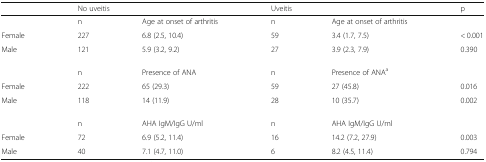
<table><thead><tr><td></td><td colspan="2"><b>No uveitis</b></td><td colspan="2"><b>Uveitis</b></td><td><b>p</b></td></tr></thead><tbody><tr><td></td><td>n</td><td>Age at onset of arthritis</td><td>n</td><td>Age at onset of arthritis</td><td></td></tr><tr><td>Female</td><td>227</td><td>6.8 (2.5, 10.4)</td><td>59</td><td>3.4 (1.7, 7.5)</td><td>&lt; 0.001</td></tr><tr><td>Male</td><td>121</td><td>5.9 (3.2, 9.2)</td><td>27</td><td>3.9 (2.3, 7.9)</td><td>0.390</td></tr><tr><td></td><td>n</td><td>Presence of ANA</td><td>n</td><td>Presence of ANA<sup>a</sup></td><td></td></tr><tr><td>Female</td><td>222</td><td>65 (29.3)</td><td>59</td><td>27 (45.8)</td><td>0.016</td></tr><tr><td>Male</td><td>118</td><td>14 (11.9)</td><td>28</td><td>10 (35.7)</td><td>0.002</td></tr><tr><td></td><td>n</td><td>AHA IgM/IgG U/ml</td><td>n</td><td>AHA IgM/IgG U/ml</td><td></td></tr><tr><td>Female</td><td>72</td><td>6.9 (5.2, 11.4)</td><td>16</td><td>14.2 (7.2, 27.9)</td><td>0.003</td></tr><tr><td>Male</td><td>40</td><td>7.1 (4.7, 11.0)</td><td>6</td><td>8.2 (4.5, 11.4)</td><td>0.794</td></tr></tbody></table>